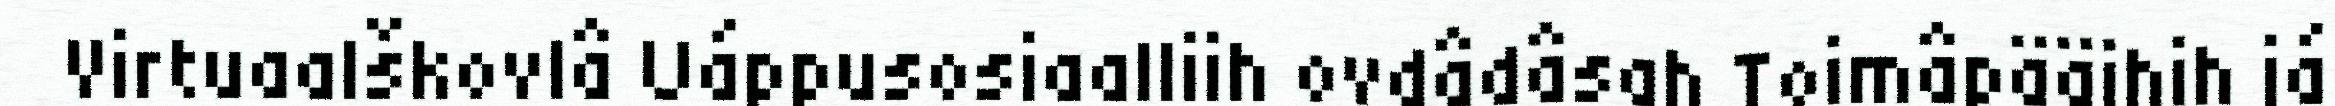
Virtuaalškovlâ Uáppusosiaalliih ovdâdâsah Toimâpääihih já